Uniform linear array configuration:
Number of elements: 12
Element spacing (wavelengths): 0.5
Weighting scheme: cosine
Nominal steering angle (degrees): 30
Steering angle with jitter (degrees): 29.552
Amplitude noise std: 0.05
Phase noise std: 0.05

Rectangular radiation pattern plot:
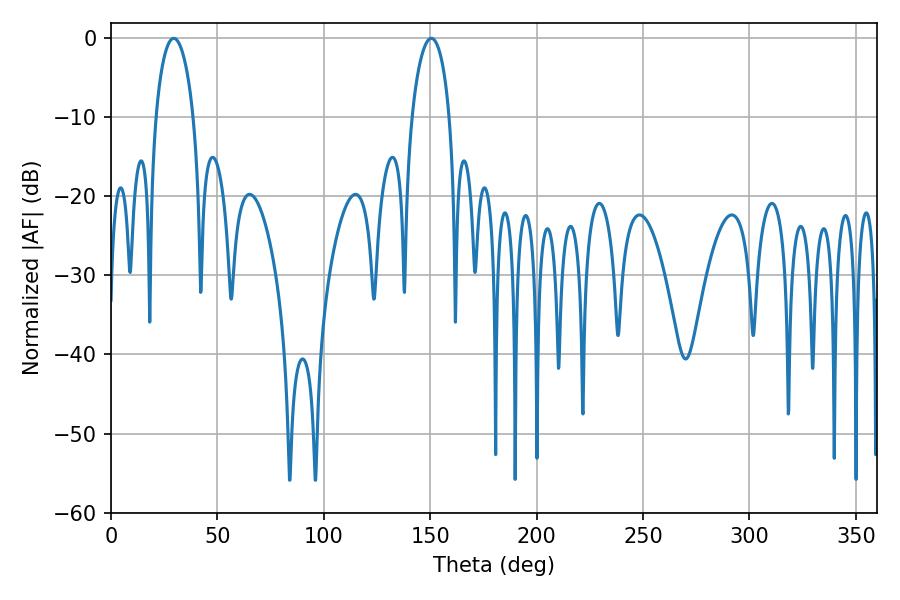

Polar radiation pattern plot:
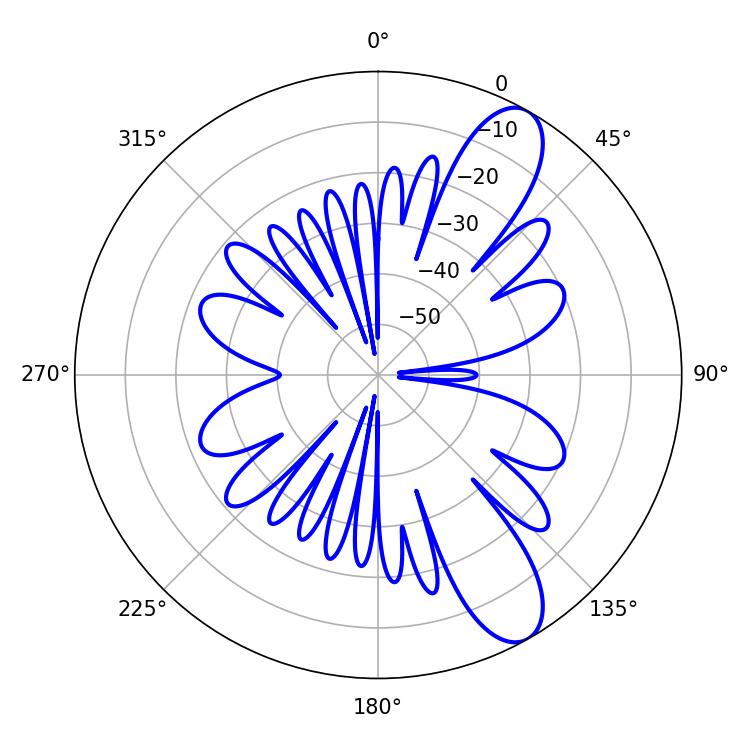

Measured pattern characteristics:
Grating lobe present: FALSE
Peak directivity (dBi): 10.282
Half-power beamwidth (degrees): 10.26
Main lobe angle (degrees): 29.52